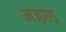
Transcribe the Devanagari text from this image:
जहल